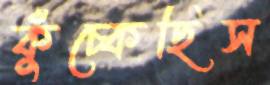
কুঁচ্‌কেছিস